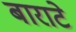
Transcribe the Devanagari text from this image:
बाराटे